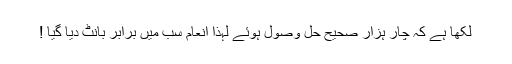
لکھا ہے کہ چار ہزار صحیح حل وصول ہوئے لہذا انعام سب میں برابر بانٹ دیا گیا !